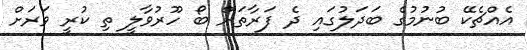
އެއްޗެކޭ ބުނުމުގެ ބަދަލުގައި ދެ ފަރާތަށް ބޯ ހޫރުވާލީ ތި ކުރީ ވަރަށް